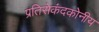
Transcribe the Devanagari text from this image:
प्रतिसेकंदकोनीय